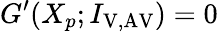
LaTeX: G^{\prime}(X_{p};I_{\mathrm{V,AV}})=0